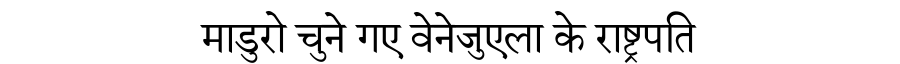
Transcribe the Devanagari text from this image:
माडुरो चुने गए वेनेजुएला के राष्ट्रपति